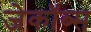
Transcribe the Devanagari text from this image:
जेकॉब्स